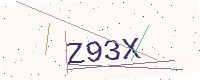
Text: Z93X